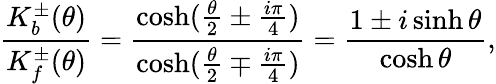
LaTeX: \frac{K_{b}^{\pm}(\theta)}{K_{f}^{\pm}(\theta)}=\frac{\cosh(\frac{\theta}{2}\pm\frac{i\pi}{4})}{\cosh(\frac{\theta}{2}\mp\frac{i\pi}{4})}=\frac{1\pm i\sinh\theta}{\cosh\theta},